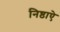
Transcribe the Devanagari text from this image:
निष्ठाऐ